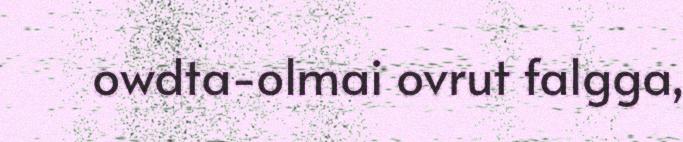
owdta-olmai ovrut falgga,